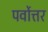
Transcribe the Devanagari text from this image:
पर्वोत्तर